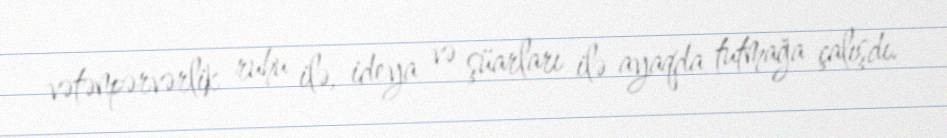
vətənpərvərlik ruhu ilə, ideya və şüarları ilə ayaqda tutmağa çalışdı.